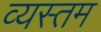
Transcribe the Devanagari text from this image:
व्यस्तम